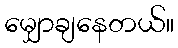
မျှောချနေတယ်။